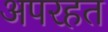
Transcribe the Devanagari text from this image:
अपरहत